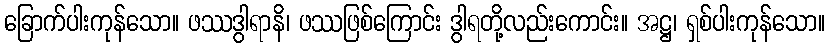
ခြောက်ပါးကုန်သော။ ဖဿဒွါရာနိ၊ ဖဿဖြစ်ကြောင်း ဒွါရတို့လည်းကောင်း။ အဋ္ဌ၊ ရှစ်ပါးကုန်သော။